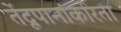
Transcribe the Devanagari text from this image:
तेंदूपानांकरिता